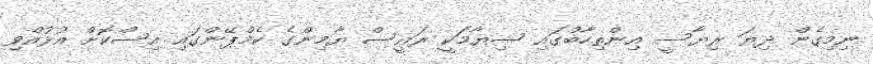
ނިމިގެން ދިޔަ ރިޔާސީ އިންތިހާބުގައި ޝިޔާމަކީ ރައީސް ޔާމިންގެ ކެމްޕޭންގައި އިސްކޮށް އުޅުއްވި